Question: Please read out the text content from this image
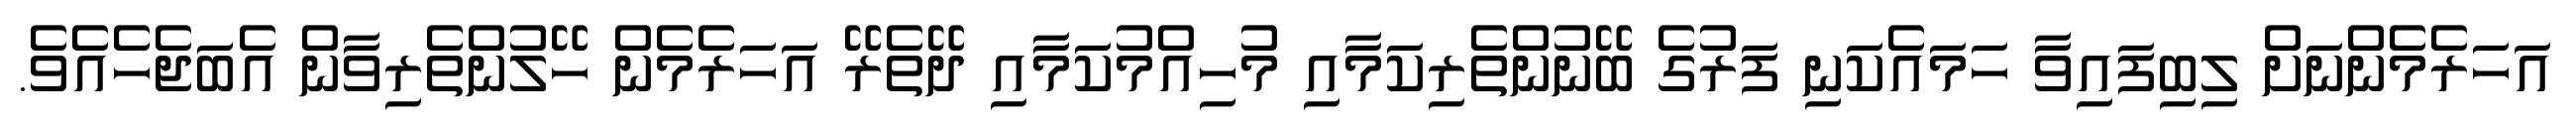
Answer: އަހަރެމެންނަށް ލިބިފައިވާ ހަމައެކަނި ފަރުގެ ބޭނުންތެރިކަމާއި މުހިއްމުކަމާއި ދޭތެރޭ އަހަރެމެން ހޭލުންތެރިވާން އެބަޖެހެއެވެ.